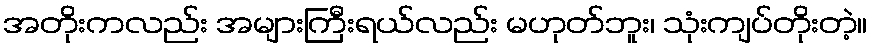
အတိုးကလည်း အများကြီးရယ်လည်း မဟုတ်ဘူး၊ သုံးကျပ်တိုးတဲ့။